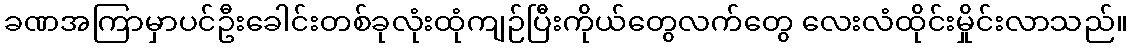
ခဏအကြာမှာပင်ဦးခေါင်းတစ်ခုလုံးထုံကျဉ်ပြီးကိုယ်တွေလက်တွေ လေးလံထိုင်းမှိုင်းလာသည်။